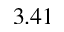
3 . 4 1